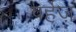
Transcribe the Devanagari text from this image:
पर्हेज़